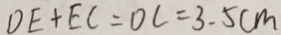
D E + E C = D C = 3 . 5 c m